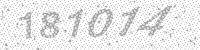
Solution: 181014